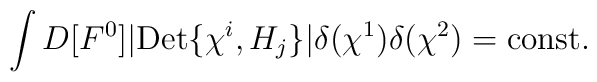
\int D[F^0] |{\rm Det}\{\chi^i, H_j\}|\delta(\chi^1)\delta(\chi^2)={\rm const.}